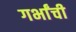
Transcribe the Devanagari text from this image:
गर्भांची